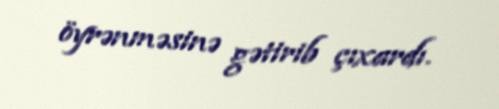
öyrənməsinə gətirib çıxardı.